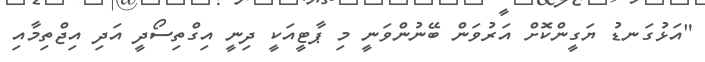
"އަޅުގަނޑު ޔަގީންކޮށް އަރުވަން ބޭނުންވަނީ މި ޕާޓީއަކީ ދިނީ އިގްތިސޯދީ އަދި އިޖްތިމާއި